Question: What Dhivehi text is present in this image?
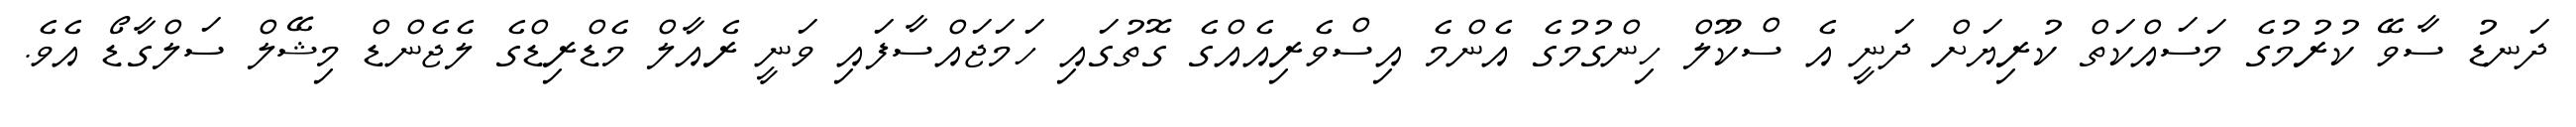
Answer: ދަނޑު ސާވޭ ކުރުމުގެ މަސައްކަތް ކުރިޔަށް ދަނީ އެ ސްކޫލް ހިންގުމުގެ އެންމެ އިސްވެރިއެއްގެ ގޮތުގައި ހަމަޖައްސާފައި ވަނީ ރެއާލް މެޑްރިޑްގެ ލެޖެންޑް މިޝޭލް ސަލްގާޑޯ އެވެ.